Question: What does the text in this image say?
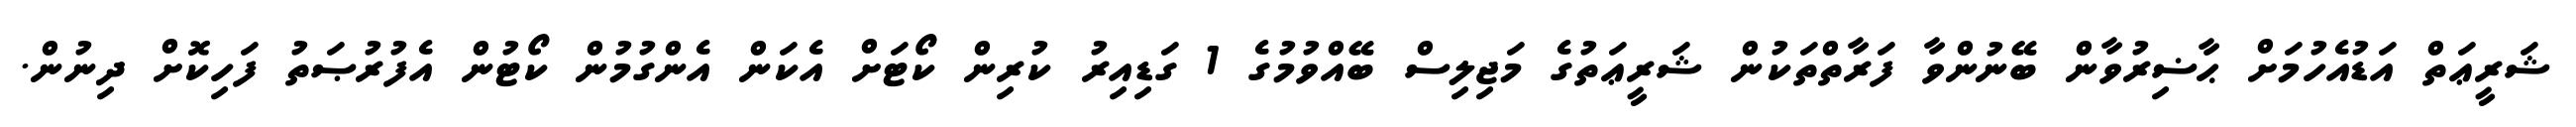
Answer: ޝަރީޢަތް އަޑުއެހުމަށް ޙާޟިރުވާން ބޭނުންވާ ފަރާތްތަކުން ޝަރީޢަތުގެ މަޖިލިސް ބޭއްވުމުގެ 1 ގަޑިއިރު ކުރިން ކޯޓަށް އެކަން އެންގުމުން ކޯޓުން އެފުރުޞަތު ފަހިކޮށް ދިނުން.